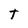
Character: t